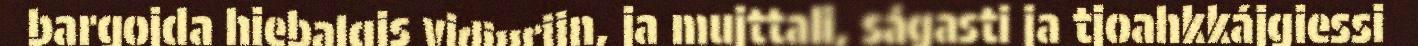
bargojda hiebalgis vidjurijn, ja mujttali, ságasti ja tjoahkkájgiessi